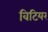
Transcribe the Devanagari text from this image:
विटियर